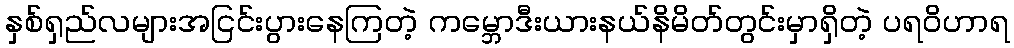
နှစ်ရှည်လများအငြင်းပွားနေကြတဲ့ ကမ္ဘောဒီးယားနယ်နိမိတ်တွင်းမှာရှိတဲ့ ပရဝိဟာရ